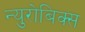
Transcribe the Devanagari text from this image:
न्युरोबिक्स